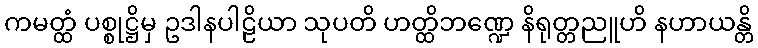
ကမတ္ထံ ပစ္စုဋ္ဌိမှ ဥဒါနပါဠိယာ သုပတိ ဟတ္ထိဘဏ္ဍေ နိရုတ္တညူဟိ နဟာယန္တိ